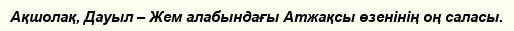
Ақшолақ, Дауыл – Жем алабындағы Атжақсы өзенінің оң саласы.